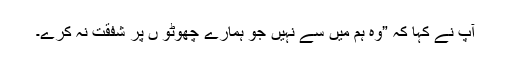
آپ نے کہا کہ ”وہ ہم میں سے نہیں جو ہمارے چھوٹو ں پر شفقت نہ کرے۔